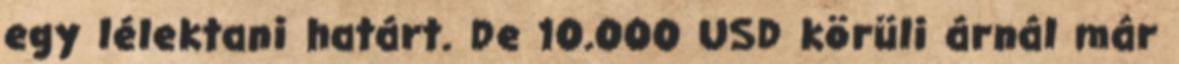
egy lélektani határt. De 10.000 USD körüli árnál már